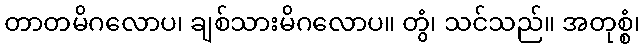
တာတမိဂလောပ၊ ချစ်သားမိဂလောပ။ တွံ၊ သင်သည်။ အတုစ္စံ၊